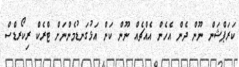
ކަަރަޕްޝަން ނޫން ދެން އެހެން އެއްޗެއް ނޫން ކަން އަޅުގަނޑުމެންނަށް ޓްރެކް ރިކޯރޑްސް